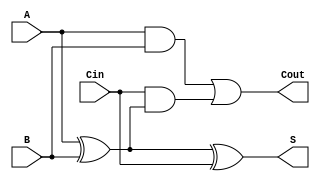
module Asynchronous_Full_Adder (
    input wire A,     // First binary input
    input wire B,     // Second binary input
    input wire Cin,   // Carry-in input
    output wire S,    // Sum output
    output wire Cout   // Carry-out output
);

    // Compute the sum (S)
    assign S = A ^ B ^ Cin;

    // Compute the carry-out (Cout)
    assign Cout = (A & B) | (Cin & (A ^ B));

endmodule